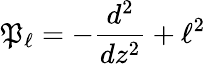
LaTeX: \mathfrak{P}_{\ell}=-{\frac{{d^{2}}}{{dz^{2}}}}+\ell^{2}